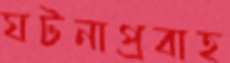
ঘটনাপ্রবাহ